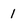
Character: 1